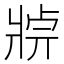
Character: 𤖄